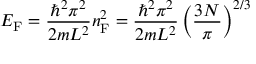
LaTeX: E _ { \mathrm { F } } = { \frac { \hbar ^ { 2 } \pi ^ { 2 } } { 2 m L ^ { 2 } } } n _ { \mathrm { F } } ^ { 2 } = { \frac { \hbar ^ { 2 } \pi ^ { 2 } } { 2 m L ^ { 2 } } } \left( { \frac { 3 N } { \pi } } \right) ^ { 2 / 3 }